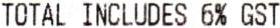
TOTAL INCLUDES 6% GST